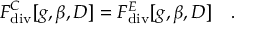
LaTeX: F _ { \mathrm { d i v } } ^ { C } [ g , \beta , D ] = F _ { \mathrm { d i v } } ^ { E } [ g , \beta , D ] ~ ~ ~ .